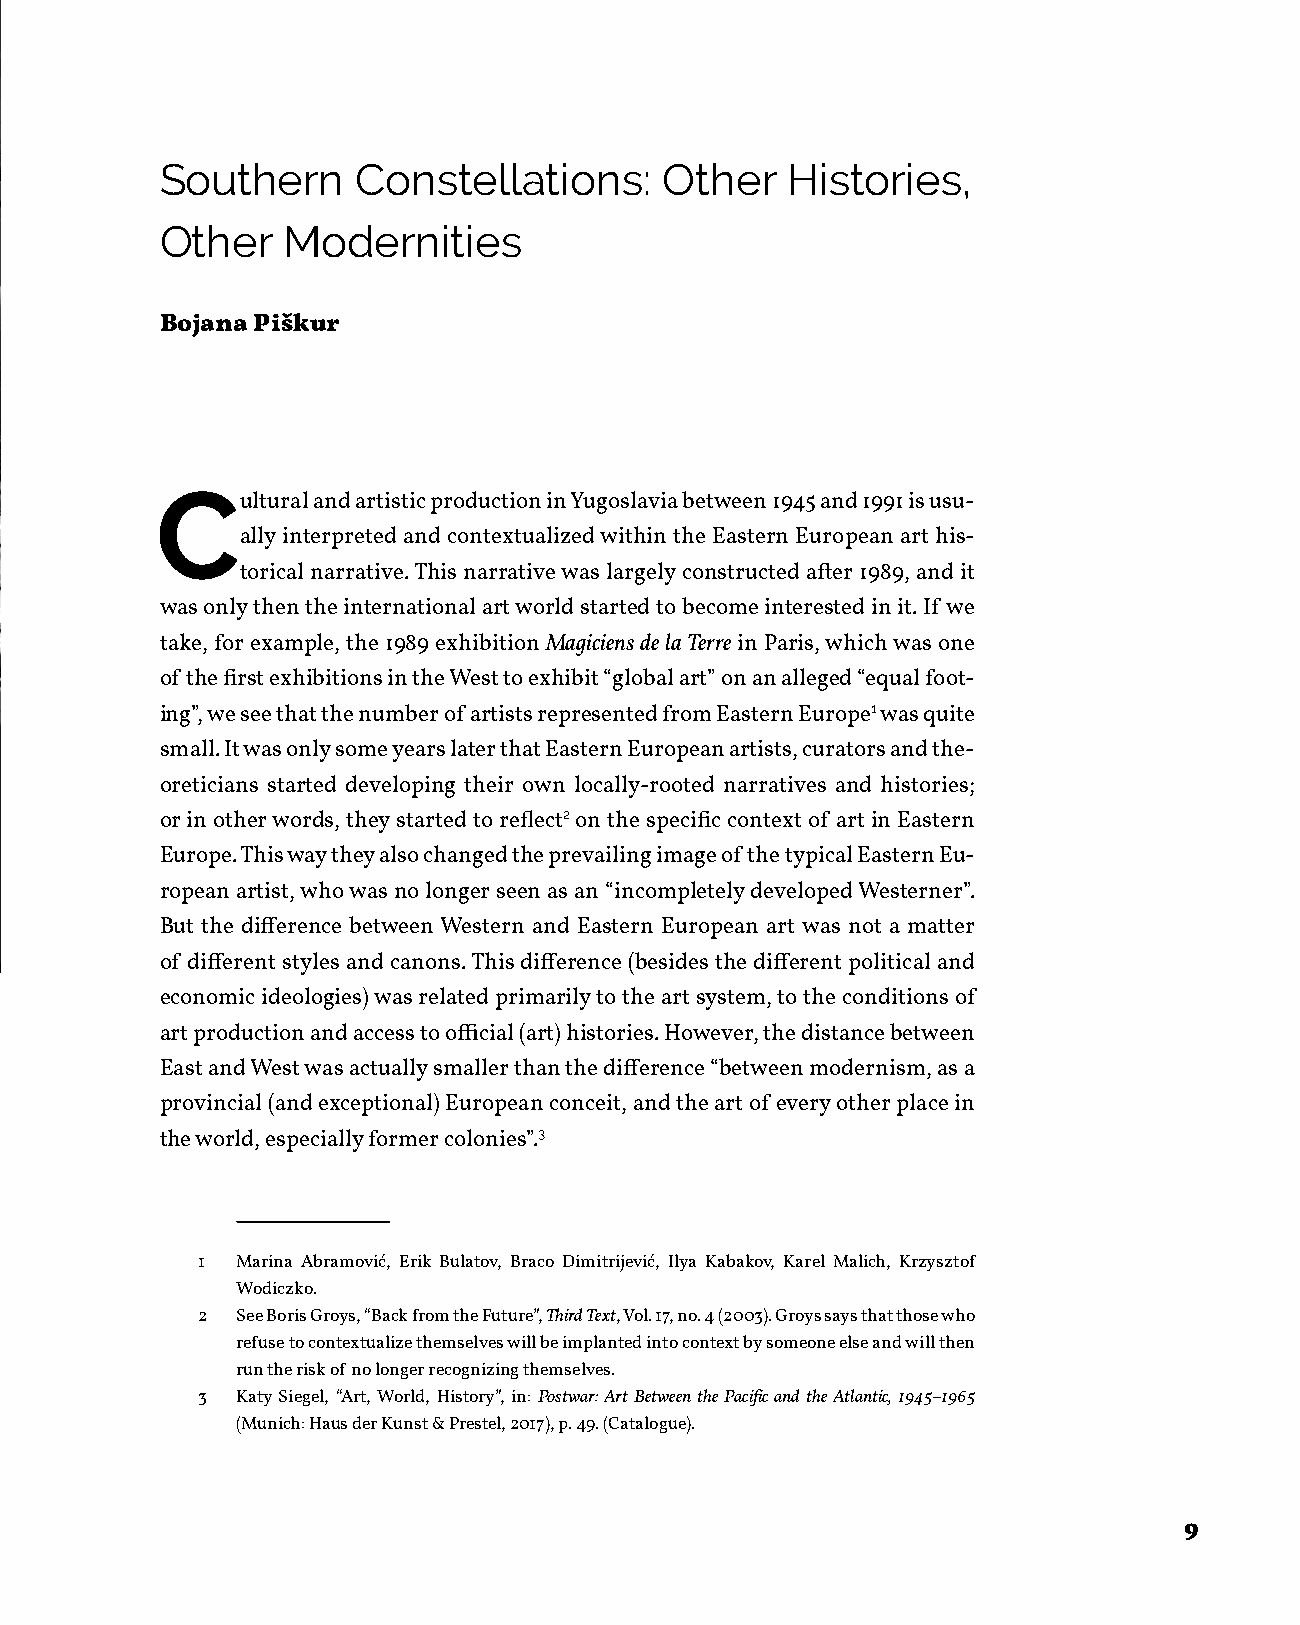
Southern     Constellations:     Other   Histories,
 Other   Modernities
 Bojana Piškur
 C
 ultural and artistic production in Yugoslavia between 1945 and 1991 is usu-
 ally interpreted and contextualized within the Eastern European art his-
 torical narrative. This narrative was largely constructed after 1989, and it
 was only then the international art world started to become interested in it. If we
 take, for example, the 1989 exhibition Magiciens de la Terre in Paris, which was one
 of the first exhibitions in the West to exhibit “global art” on an alleged “equal foot-
 ing”, we see that the number of artists represented from Eastern Europe1 was quite
 small. It was only some years later that Eastern European artists, curators and the-
 oreticians started developing their own locally-rooted narratives and histories;
 or in other words, they started to reflect2 on the specific context of art in Eastern
 Europe. This way they also changed the prevailing image of the typical Eastern Eu-
 ropean artist, who was no longer seen as an “incompletely developed Westerner”.
 But the difference between Western and Eastern European art was not a matter
 of different styles and canons. This difference (besides the different political and
 economic ideologies) was related primarily to the art system, to the conditions of
 art production and access to official (art) histories. However, the distance between
 East and West was actually smaller than the difference “between modernism, as a
 provincial (and exceptional) European conceit, and the art of every other place in
 the world, especially former colonies”.3
 1  Marina Abramović, Erik Bulatov, Braco Dimitrijević, Ilya Kabakov, Karel Malich, Krzysztof
 Wodiczko.
 2  See Boris Groys, “Back from the Future”, Third Text, Vol. 17, no. 4 (2003). Groys says that those who
 refuse to contextualize themselves will be implanted into context by someone else and will then
 run the risk of no longer recognizing themselves.
 3  Katy Siegel, “Art, World, History”, in: Postwar: Art Between the Pacific and the Atlantic, 1945–1965
 (Munich: Haus der Kunst & Prestel, 2017), p. 49. (Catalogue).
 9